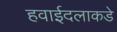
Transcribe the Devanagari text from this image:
हवाईदलाकडे